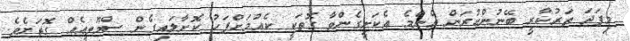
މިފަދަ ތަރުކާރީ ބޭނުންކުރަން އެންމެ އެކަށީގެންވާ ގޮތަކީ ކެއުމަށްފަހު ކޮށާލައިގެން ސްމޫތީއެއް ގޮތަށެވެ.